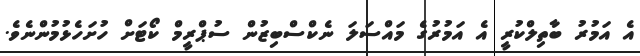
އެ އަމުރު ބާތިލްކުރީ އެ އަމުރުގެ މައްސަލަ ނެކްސްބިޒުން ސުޕްރީމް ކޯޓަށް ހުށަހެޅުމުންނެވެ.